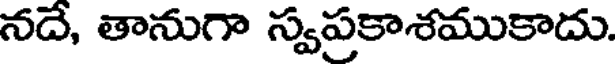
నదే, తానుగా స్వప్రకాశముకాదు.